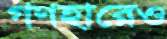
গণহারেও